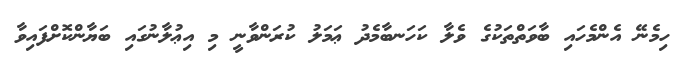
ހިމެނޭ އެންމެހައި ބާވަތްތަކުގެ ވެލާ ކަހަނބާމެދު ޢަމަލު ކުރަންވާނީ މި އިޢުލާނުގައި ބަޔާންކޮށްފައިވާ